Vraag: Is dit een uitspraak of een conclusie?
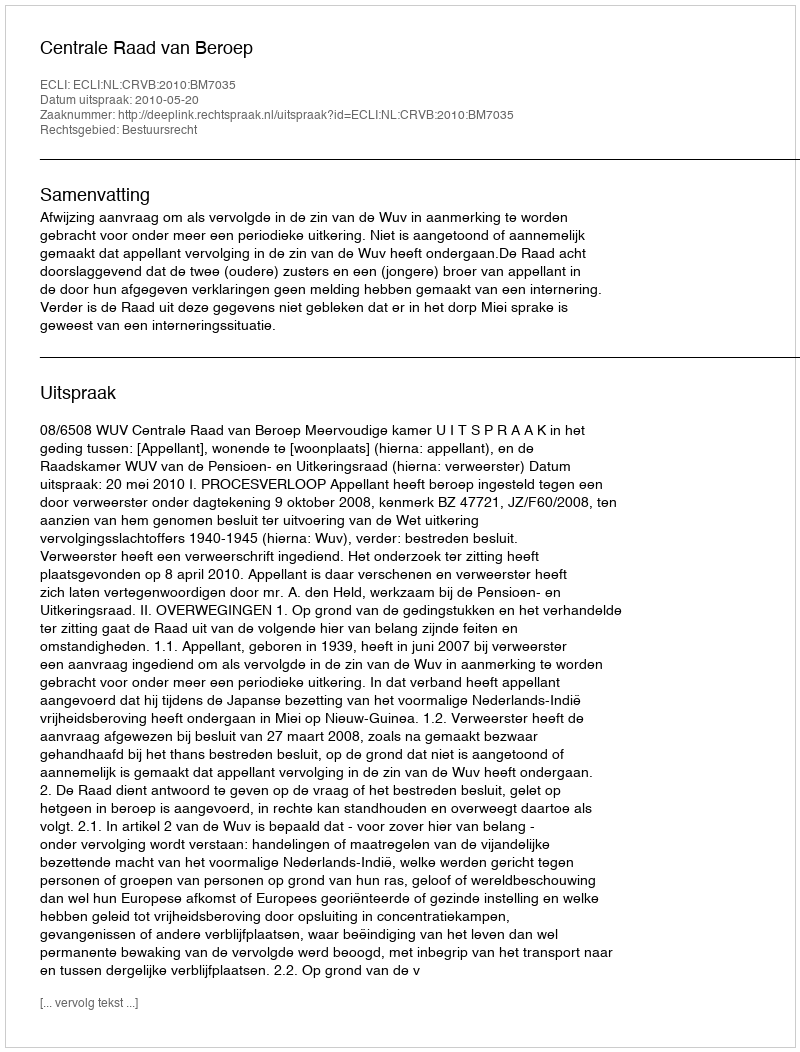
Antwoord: Uitspraak